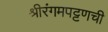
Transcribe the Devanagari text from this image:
श्रीरंगमपट्टणची